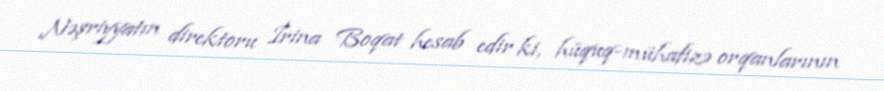
Nəşriyyatın direktoru İrina Boqat hesab edir ki, hüquq-mühafizə orqanlarının